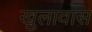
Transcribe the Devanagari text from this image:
खुलावास